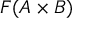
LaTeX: F ( A \times B )